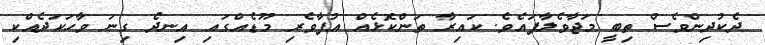
ދެކުދިންވެސް ތިބީ މަޖާވެލާފައެވެ. ކައިރާ ތަންކޮޅެއް އުފާވެރި މޫޑެއްގައި އިނދެ ގިނަ ވާހަކަދެއްކި